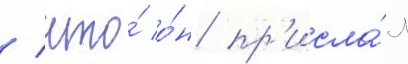
/ что́ о́н пр'исла́л